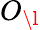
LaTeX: O_{\l}